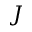
J